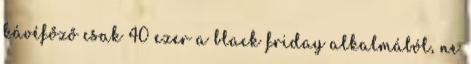
kávéfőző csak 40 ezer a black friday alkalmából, ne